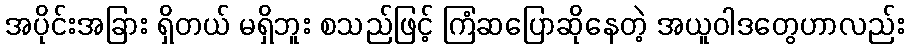
အပိုင်းအခြား ရှိတယ် မရှိဘူး စသည်ဖြင့် ကြံဆပြောဆိုနေတဲ့ အယူဝါဒတွေဟာလည်း